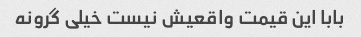
بابا این قیمت واقعیش نیست خیلی گرونه